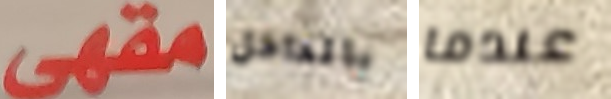
مقهى بالداخل عندما